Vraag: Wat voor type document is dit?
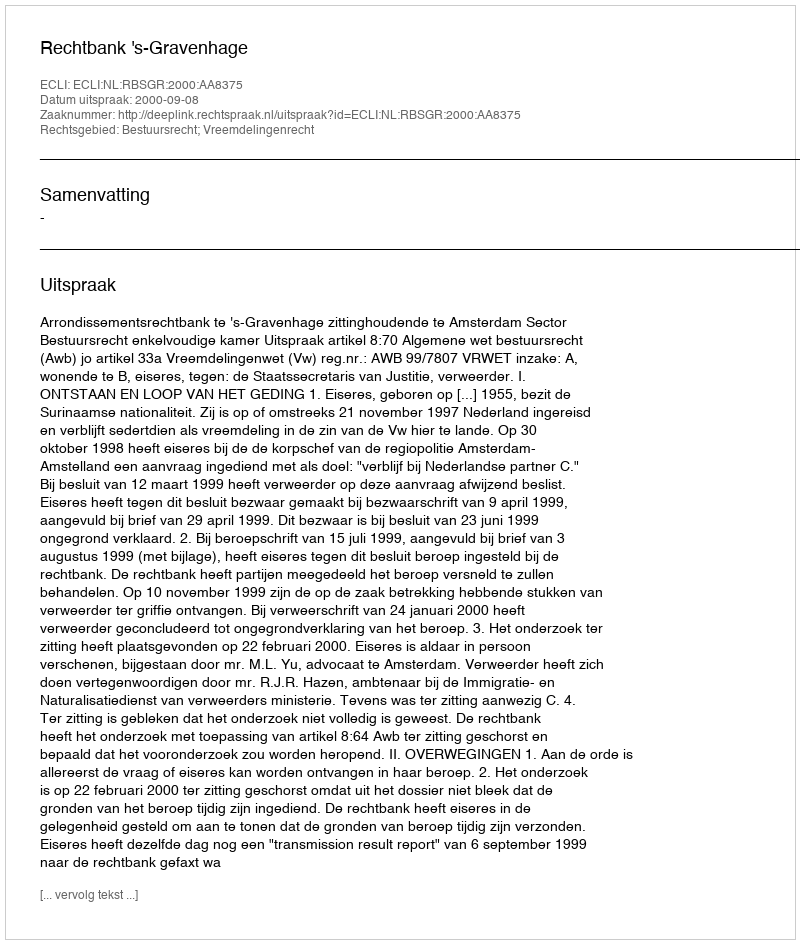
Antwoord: Uitspraak